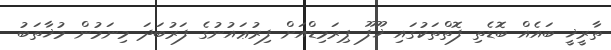
ތާރީޚީ ބައެއް ބޮޑެތި ފޮތްތަކުގައި ޚޫފޫ ޕިރަމިޑްއަށް ފިރުޢައުނުގެ ފަރުބަދަ މިނަމުން މުޚާތަބު